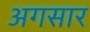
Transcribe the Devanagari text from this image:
अगसार